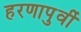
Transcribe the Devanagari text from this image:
हरणापुर्वी